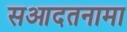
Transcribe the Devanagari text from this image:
सआदतनामा